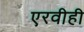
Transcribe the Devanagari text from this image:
एरवीही